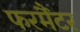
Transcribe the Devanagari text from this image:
फरमैंटर